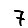
Digit: 7